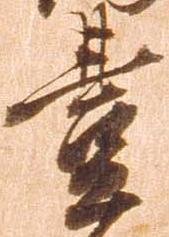
豊